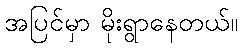
အပြင်မှာ မိုးရွာနေတယ်။